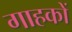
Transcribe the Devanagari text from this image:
गाहकों